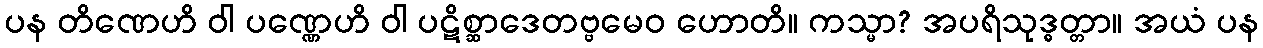
ပန တိဏေဟိ ဝါ ပဏ္ဏေဟိ ဝါ ပဋိစ္ဆာဒေတဗ္ဗမေဝ ဟောတိ။ ကသ္မာ? အပရိသုဒ္ဓတ္တာ။ အယံ ပန